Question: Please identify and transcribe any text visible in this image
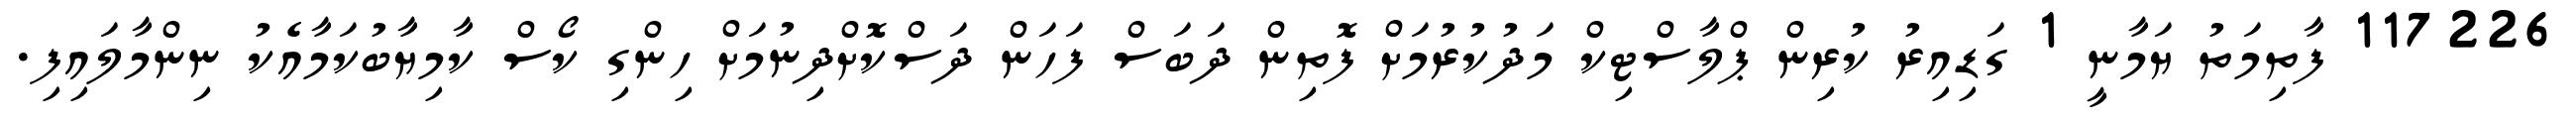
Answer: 117226 ފާތިމަތު ޔަމާނީ 1 ގަޑިއިރު ކުރިން ޕްލާސްޓިކް މަދުކުރުމަށް ފޮތިން ދަބަސް ފަހަން ދަސްކޮށްދިނުމަށް ހިންގި ކޯސް ކާމިޔާބުކަމާއެކު ނިންމާލައިފި.